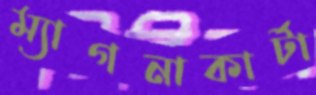
ম্যাগনাকার্টা